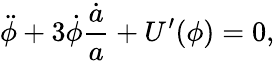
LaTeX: \ddot{\phi}+3\dot{\phi}\frac{\dot{a}}{a}+U^{\prime}(\phi)=0,